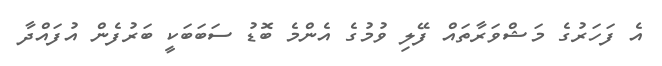
އެ ފަހަރުގެ މަޝްވަރާތައް ފޭލި ވުމުގެ އެންމެ ބޮޑު ސަބަބަކީ ބަރުފެން އުފައްދާ